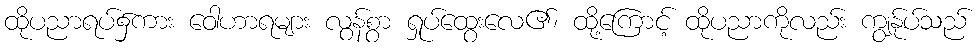
ထိုပညာရပ်၌ကား ဝေါဟာရများ လွန်စွာ ရှုပ်ထွေးလေ၏၊ ထို့ကြောင့် ထိုပညာကိုလည်း ကျွန်ုပ်သည်